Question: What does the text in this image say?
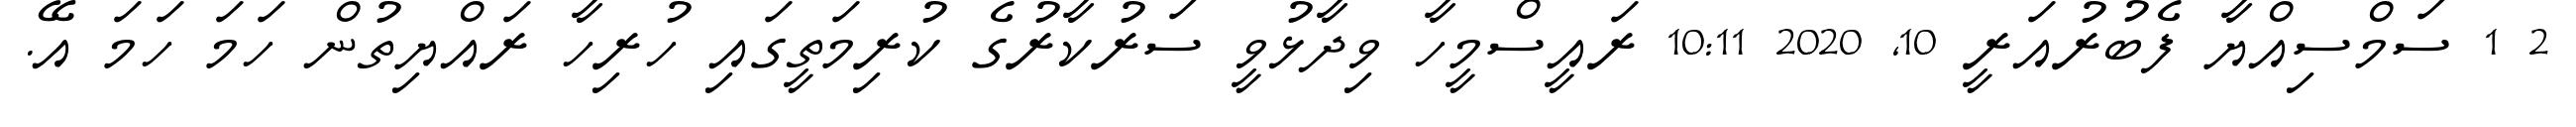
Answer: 2 1 ސަމްސިއްޔާ ފެބުރުއަރީ 10, 2020 10:11 ރައީސްމީހާ ވިދާޅުވީ ސަރުކާރުގެ ކުރިމަތީގައި ހުރިހާ ރައްޔިތުން ހަމަ ހަމަ އޭ.